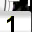
Digit: 1